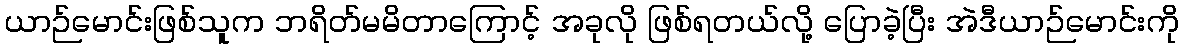
ယာဉ်မောင်းဖြစ်သူက ဘရိတ်မမိတာကြောင့် အခုလို ဖြစ်ရတယ်လို့ ပြောခဲ့ပြီး အဲဒီယာဉ်မောင်းကို